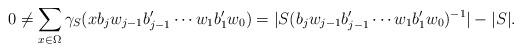
LaTeX: \begin{align*}0\neq \sum_{x\in \Omega}\gamma_S(xb_jw_{j-1}b_{j-1}'\cdots w_1b_1'w_0)=|S(b_jw_{j-1}b_{j-1}'\cdots w_1b_1'w_0)^{-1}|-|S|.\end{align*}